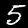
Digit: 5